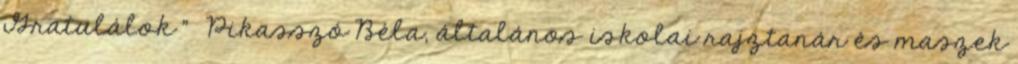
Gratulálok ” Pikasszó Béla, általános iskolai rajztanár és maszek